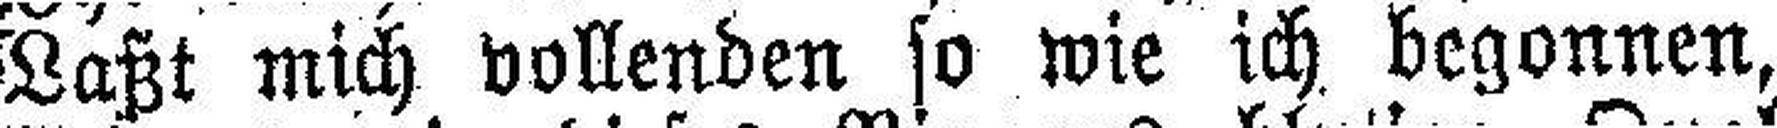
Laßt mich vollenden so wie ich begonnen,